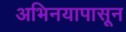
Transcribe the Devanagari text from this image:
अभिनयापासून